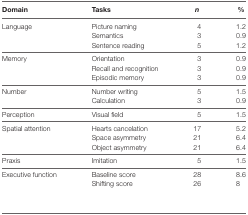
<table><thead><tr><td><b>Domain</b></td><td><b>Tasks</b></td><td><b><i>n</i></b></td><td><b>%</b></td></tr></thead><tbody><tr><td rowspan="3">Language</td><td>Picture naming</td><td>4</td><td>1.2</td></tr><tr><td>Semantics</td><td>3</td><td>0.9</td></tr><tr><td>Sentence reading</td><td>5</td><td>1.2</td></tr><tr><td rowspan="3">Memory</td><td>Orientation</td><td>3</td><td>0.9</td></tr><tr><td>Recall and recognition</td><td>3</td><td>0.9</td></tr><tr><td>Episodic memory</td><td>3</td><td>0.9</td></tr><tr><td rowspan="2">Number</td><td>Number writing</td><td>5</td><td>1.5</td></tr><tr><td>Calculation</td><td>3</td><td>0.9</td></tr><tr><td>Perception</td><td>Visual field</td><td>5</td><td>1.5</td></tr><tr><td rowspan="3">Spatial attention</td><td>Hearts cancelation</td><td>17</td><td>5.2</td></tr><tr><td>Space asymmetry</td><td>21</td><td>6.4</td></tr><tr><td>Object asymmetry</td><td>21</td><td>6.4</td></tr><tr><td>Praxis</td><td>Imitation</td><td>5</td><td>1.5</td></tr><tr><td rowspan="2">Executive function</td><td>Baseline score</td><td>28</td><td>8.6</td></tr><tr><td>Shifting score</td><td>26</td><td>8</td></tr></tbody></table>